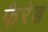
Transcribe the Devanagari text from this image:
फैरेड